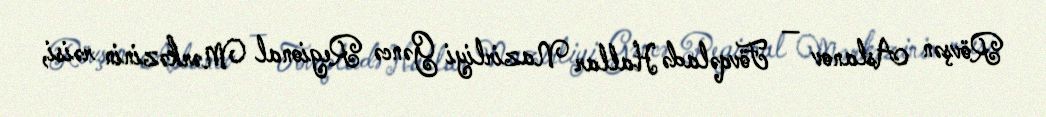
Rövşən Aslanov — Fövqəladə Hallar Nazirliyi Gəncə Regional Mərkəzinin rəisi,